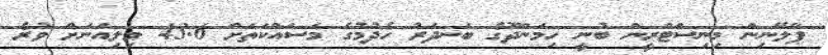
ޕްލޭނިން މިނިސްޓްރީން ބުނީ ހިމަންދޫގެ ބަނދަރު ހެދުމުގެ މަސައްކަތަށް 43.6 މިލިއަނަށް ވުރެ